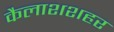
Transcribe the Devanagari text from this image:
कैलाशशहर